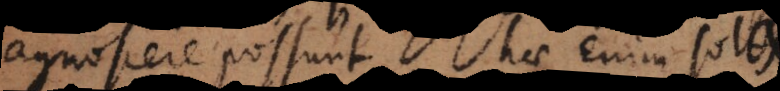
agnoscere possunt; hae enim solae